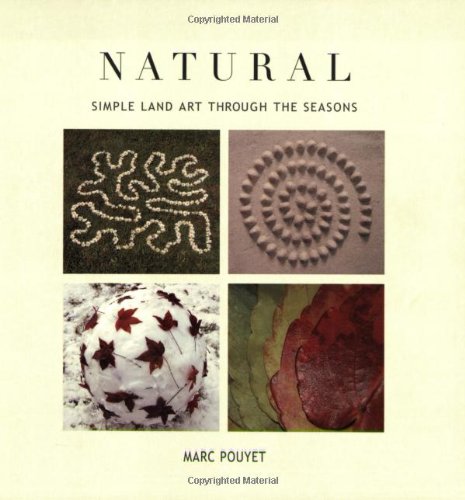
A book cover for Natural: Simple Land Art Through the Seasons; Marc Pouyet; Crafts, Hobbies & Home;